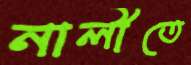
নালীতে